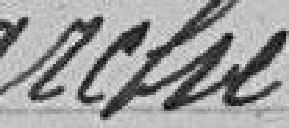
arché